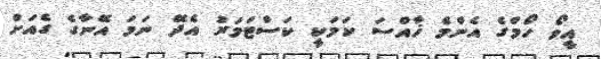
އީވޯ ހޯމްގެ އެންމެ ޚާއްސަ ކަމަކީ ކަސްޓަމަރު އެދޭ ނަމަ އޭނާގެ ގެއަށް